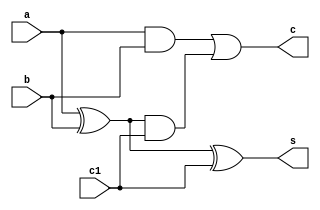
//Exemplo 0025
//Nome: Vitor Angelo Lima

module somador ( output c, output s, input a, input b, input c1 );
	wire x1;
	wire a1;
	wire a2;
	
	xor ( x1, a, b );
	and ( a1, a, b );
	xor ( s, x1, c1 );
	and ( a2, x1, c1 );
	or ( c, a1, a2 );	
endmodule

module soma ( output [2:0] s, input [2:0] a, input [2:0] b );
	wire s0; wire c0;
	wire s1; wire c1;
	wire s2; wire c2;
	
	somador sm0 ( c0, s0, a[0], b[0], 1'b0 );
	somador sm1 ( c1, s1, a[1], b[1], c0 );
	somador sm2 ( c2, s2, a[2], b[2], c1 );
	
	and ( s[0], s0 );
	and ( s[1], s1 );
	and ( s[2], s2 );
endmodule

module complemento2 ( output [2:0] s, input [2:0] a );
	wire [2:0] q;
	not ( q[0], a[0] );
	not ( q[1], a[1] );
	not ( q[2], a[2] );
	soma sm ( s, q, 3'b001 );
endmodule

module subtracao ( output [2:0] s, input [2:0] a, input [2:0] b );
	wire [2:0] c;
	complemento2 c2 ( c, b );
	soma sm ( s, a, c );	
endmodule

module diferenca ( output s, input [2:0] a, input [2:0] b );
	wire [2:0] g;
	subtracao sb ( g, a, b );
	or ( s, g[2], g[1], g[0] );
endmodule

module igualdade ( output s, input [2:0] a, input [2:0] b );
	wire g;
	diferenca df ( g, a, b );
	not ( s, g );
endmodule

module test;
	reg [2:0] a;
	wire [2:0] s;
	complemento2 c2 ( s, a );
	
	initial begin
		$monitor ( "%3b", s );
		a = 3'b000;
		#1 a = 3'b000;
		#1 a = 3'b001;
		#1 a = 3'b011;
		#1 a = 3'b101;
		#1 a = 3'b111;
	end
endmodule